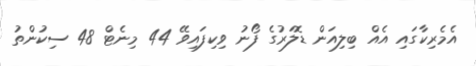
އެމެރިކާގައި އެއް ބިލިއަން ޑޮލަރުގެ ފޯނު ވިކިފައިވޭ 44 މިނެޓް 48 ސިކުންތު